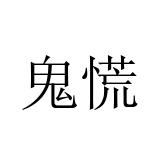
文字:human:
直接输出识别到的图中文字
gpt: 鬼慌